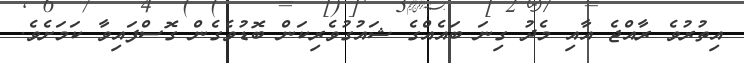
އިތުރުވެ ރާއްޖެ އާއި މެދު ގިނަ ބައެއްގެ ޝައުގުވެރިކަން ބޮޑުވެގެން ގޮސްފައިވާ ކަމަށެވެ.